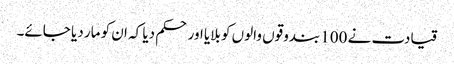
قیادت نے 100 بندوقوں والوں کو بلایا اور حکم دیا کہ ان کو مار دیا جائے۔